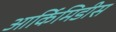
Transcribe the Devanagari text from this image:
आर्किमिडीस